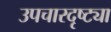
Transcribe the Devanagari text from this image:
उपचारदृष्ट्या